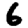
Digit: 6